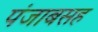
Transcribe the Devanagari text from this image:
पंजाबसह